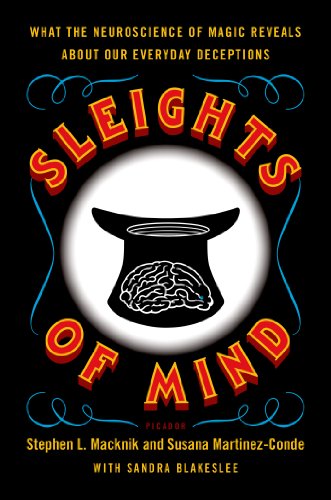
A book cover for Sleights of Mind: What the Neuroscience of Magic Reveals about Our Everyday Deceptions; Stephen L. Macknik; Humor & Entertainment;